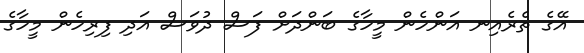
އޭގެ ތެރެއިނ އަންހެން މީހާގެ ބަންދަށް ފަސް ދުވަސް އަދި ފިރިހެން މީހާގެ